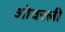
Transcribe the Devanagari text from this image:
ओवरली